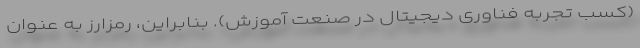
(کسب تجربه فناوری دیجیتال در صنعت آموزش). بنابراین، رمزارز به عنوان